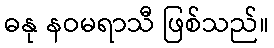
ဓနု နဝမရာသီ ဖြစ်သည်။